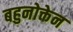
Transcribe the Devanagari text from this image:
बहुनोक्तेन